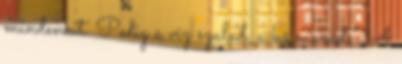
mindenkit. Pedig a víz szalad, a kő marad.” A